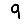
Digit: 9